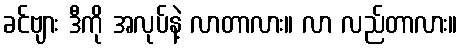
ခင်ဗျား ဒီကို အလုပ်နဲ့ လာတာလား။ လာ လည်တာလား။